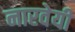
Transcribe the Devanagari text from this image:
नारवेयी